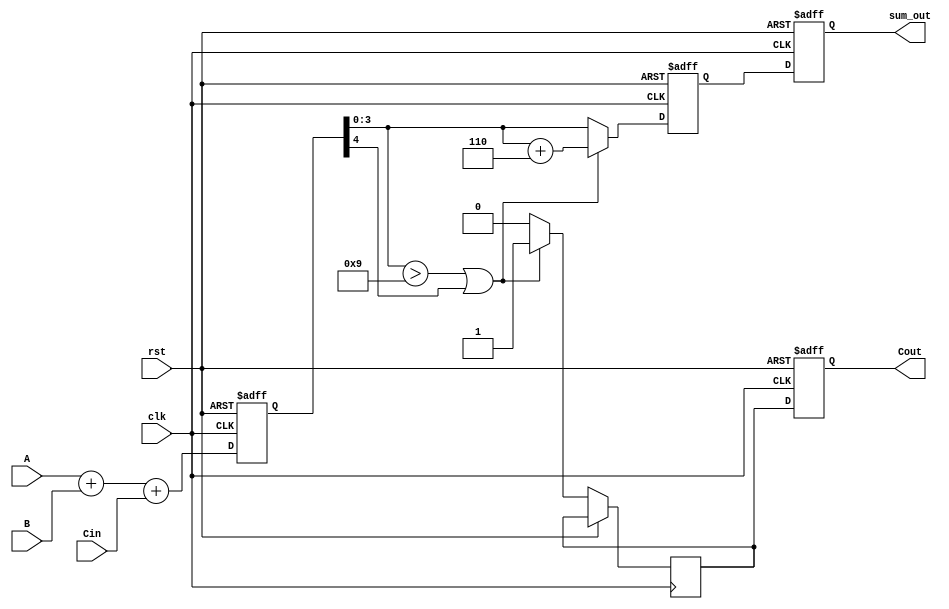
module BCD_Pipelined_Adder (
    input wire clk,            // Clock input
    input wire rst,            // Reset signal
    input wire [3:0] A,       // First BCD digit (4 bits)
    input wire [3:0] B,       // Second BCD digit (4 bits)
    input wire Cin,           // Carry-in for multi-digit addition
    output reg [3:0] sum_out,  // Output BCD sum (4 bits)
    output reg Cout           // Carry-out for multi-digit addition
);

    // Pipeline registers
    reg [4:0] sum_reg;         // Register to hold the raw sum (5 bits)
    reg [4:0] corrected_sum_reg; // Register for corrected sum
    reg carry_out_reg;         // Register for carry out

    // BCD Correction Logic
    wire [4:0] corrected_sum;
    wire carry_out;

    // Binary Adder
    always @(posedge clk or posedge rst) begin
        if (rst) begin
            sum_reg <= 5'b0;
            corrected_sum_reg <= 5'b0;
            sum_out <= 4'b0;
            Cout <= 1'b0;
        end else begin
            // Stage 1: Binary addition with carry
            sum_reg <= A + B + Cin;

            // Stage 2: BCD Correction logic
            if ((sum_reg[3:0] > 4'b1001) || sum_reg[4]) begin
                corrected_sum_reg <= sum_reg + 5'b00110; // add 6 to correct to BCD
                carry_out_reg <= 1'b1; // Set carry out if correction needed
            end else begin
                corrected_sum_reg <= sum_reg; // No correction needed
                carry_out_reg <= 1'b0; // No carry out
            end

            // Stage 3: Output stage
            sum_out <= corrected_sum_reg[3:0]; // Final valid BCD result
            Cout <= carry_out_reg; // Final carry out
        end
    end

endmodule